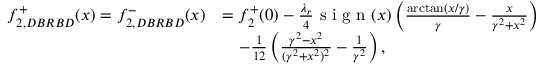
\begin{array} { r l } { f _ { 2 , D B R B D } ^ { + } ( x ) = f _ { 2 , D B R B D } ^ { - } ( x ) } & { = f _ { 2 } ^ { + } ( 0 ) - \frac { \lambda _ { r } } { 4 } \textnormal { s i g n } ( x ) \left( \frac { \arctan ( x / \gamma ) } { \gamma } - \frac { x } { \gamma ^ { 2 } + x ^ { 2 } } \right) } \\ & { \quad - \frac { 1 } { 1 2 } \left( \frac { \gamma ^ { 2 } - x ^ { 2 } } { ( \gamma ^ { 2 } + x ^ { 2 } ) ^ { 2 } } - \frac { 1 } { \gamma ^ { 2 } } \right) , } \end{array}